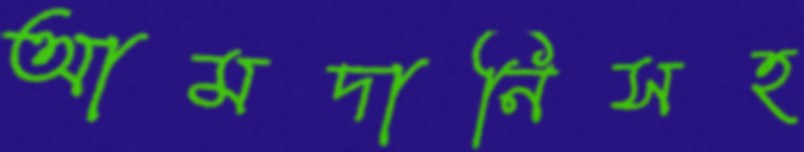
আমদানিসহ